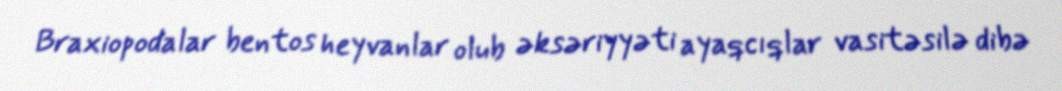
Braxiopodalar bentos heyvanlar olub əksəriyyəti ayaqcıqlar vasitəsilə dibə